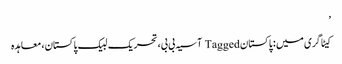
’
کیٹاگری میں : پاکستان Tagged آسیہ بی بی، تحریک لبیک پاکستان، معاہدہ